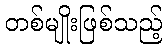
တစ်မျိုးဖြစ်သည့်